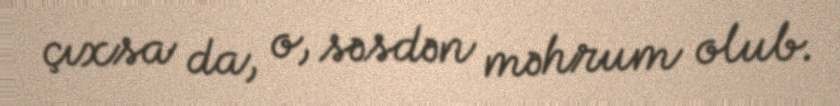
çıxsa da, o, səsdən məhrum olub.